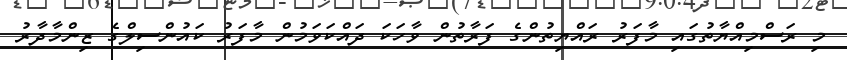
މި ރަސްމިއްޔާތުގައި މާފަރު ރައްޔިތުންގެ ފަރާތުން ވާހަކަ ދައްކަވަމުން މާފަރު ކައުންސިލްގެ ޒިންމާދާރު